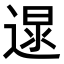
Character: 𨔯